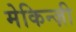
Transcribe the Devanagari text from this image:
मेकिन्ज़ी